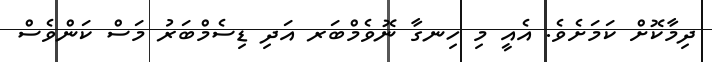
ދިމާކޮށް ކަމަށެވެ. އެއީ މި ހިނގާ ނޮވެމްބަރ އަދި ޑިސެމްބަރު މަސް ކަންވެސް